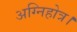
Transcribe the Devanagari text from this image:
अग्निहोत्र।